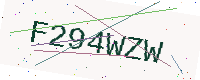
Text: F294WZW